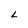
Character: L